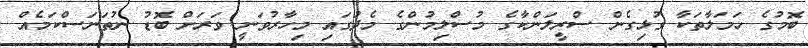
ބޮމުގެ ހަމަލާތަކާ ގުޅިގެން ސްރީލަންކާގެ މުސްލިމުންގެ މެދުގައި މިހާރުވަނީ ވަރަށް ބޮޑު ނުތަނަސްކަމެއް